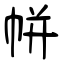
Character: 帡